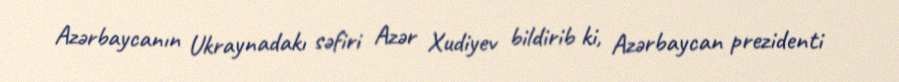
Azərbaycanın Ukraynadakı səfiri Azər Xudiyev bildirib ki, Azərbaycan prezidenti